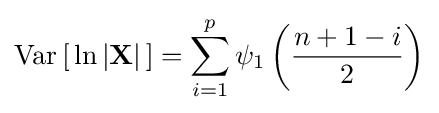
\operatorname {Var} \left[\,\ln \left|\mathbf {X} \right|\,\right]=\sum _{i=1}^{p}\psi _{1}\left({\frac {n+1-i}{2}}\right)